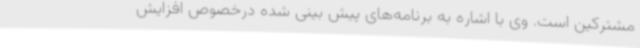
مشترکین است. وی با اشاره به برنامه‌های پیش بینی شده درخصوص افزایش